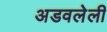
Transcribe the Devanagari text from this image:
अडवलेली